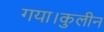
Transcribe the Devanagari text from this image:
गया।कुलीन